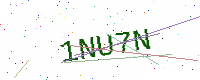
Text: 1NU7N